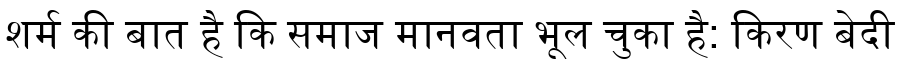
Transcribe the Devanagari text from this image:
शर्म की बात है कि समाज मानवता भूल चुका है: किरण बेदी